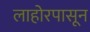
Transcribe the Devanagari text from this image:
लाहोरपासून